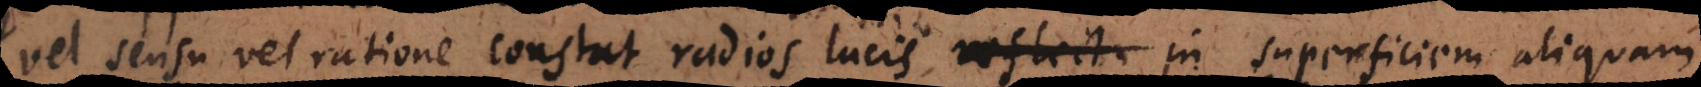
vel sensu vel ratione constat radios lucis in superficiem aliquam